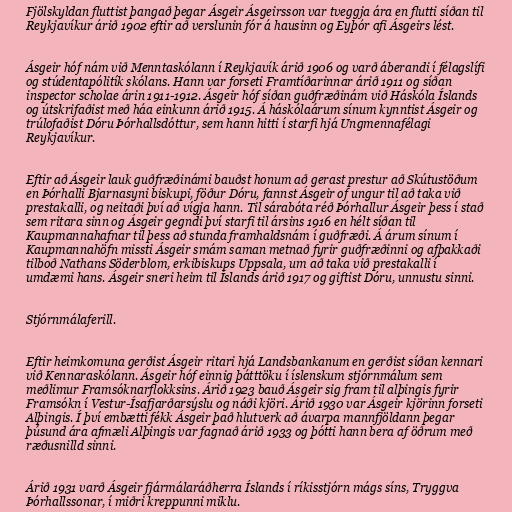
Fjölskyldan fluttist þangað þegar Ásgeir Ásgeirsson var tveggja ára en flutti síðan til
Reykjavíkur árið 1902 eftir að verslunin fór á hausinn og Eyþór afi Ásgeirs lést.

Ásgeir hóf nám við Menntaskólann í Reykjavík árið 1906 og varð áberandi í félagslífi
og stúdentapólitík skólans. Hann var forseti Framtíðarinnar árið 1911 og síðan
inspector scholae árin 1911-1912. Ásgeir hóf síðan guðfræðinám við Háskóla Íslands
og útskrifaðist með háa einkunn árið 1915. Á háskólaárum sínum kynntist Ásgeir og
trúlofaðist Dóru Þórhallsdóttur, sem hann hitti í starfi hjá Ungmennafélagi
Reykjavíkur.

Eftir að Ásgeir lauk guðfræðinámi bauðst honum að gerast prestur að Skútustöðum
en Þórhalli Bjarnasyni biskupi, föður Dóru, fannst Ásgeir of ungur til að taka við
prestakalli, og neitaði því að vígja hann. Til sárabóta réð Þórhallur Ásgeir þess í stað
sem ritara sinn og Ásgeir gegndi því starfi til ársins 1916 en hélt síðan til
Kaupmannahafnar til þess að stunda framhaldsnám í guðfræði. Á árum sínum í
Kaupmannahöfn missti Ásgeir smám saman metnað fyrir guðfræðinni og afþakkaði
tilboð Nathans Söderblom, erkibiskups Uppsala, um að taka við prestakalli í
umdæmi hans. Ásgeir sneri heim til Íslands árið 1917 og giftist Dóru, unnustu sinni.

Stjórnmálaferill.

Eftir heimkomuna gerðist Ásgeir ritari hjá Landsbankanum en gerðist síðan kennari
við Kennaraskólann. Ásgeir hóf einnig þátttöku í íslenskum stjórnmálum sem
meðlimur Framsóknarflokksins. Árið 1923 bauð Ásgeir sig fram til alþingis fyrir
Framsókn í Vestur-Ísafjarðarsýslu og náði kjöri. Árið 1930 var Ásgeir kjörinn forseti
Alþingis. Í því embætti fékk Ásgeir það hlutverk að ávarpa mannfjöldann þegar
þúsund ára afmæli Alþingis var fagnað árið 1933 og þótti hann bera af öðrum með
ræðusnilld sinni.

Árið 1931 varð Ásgeir fjármálaráðherra Íslands í ríkisstjórn mágs síns, Tryggva
Þórhallssonar, í miðri kreppunni miklu.